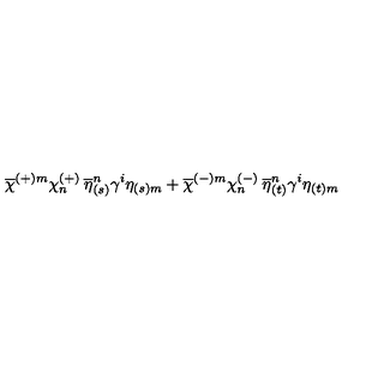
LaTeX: \overline { { \chi } } ^ { ( + ) m } \chi _ { n } ^ { ( + ) } \: \overline { { \eta } } _ { ( s ) } ^ { n } \gamma ^ { i } \eta _ { ( s ) m } + \overline { { \chi } } ^ { ( - ) m } \chi _ { n } ^ { ( - ) } \: \overline { { \eta } } _ { ( t ) } ^ { n } \gamma ^ { i } \eta _ { ( t ) m }